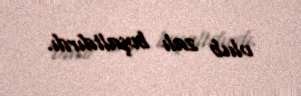
olub zalı boşaltdırdı.